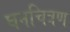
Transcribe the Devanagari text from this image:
घनचित्रण